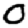
Digit: 0